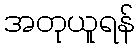
အတုယူရန်